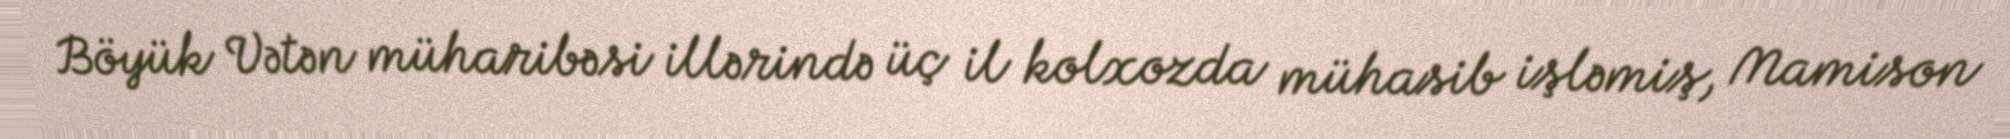
Böyük Vətən müharibəsi illərində üç il kolxozda mühasib işləmiş, Mamison